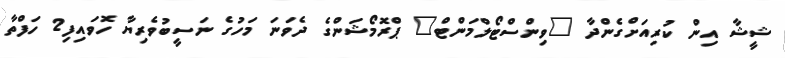
ޝީޝާ އިން ކުރިއަށްގެންދާ "ވިންސްޓޯލްމަންޓް" ޕްރޮމޯޝަންގެ ދެވަނަ މަހުގެ ނަސީބުވެރިޔާ ހޮވަައިފި2 ހަފްތާ